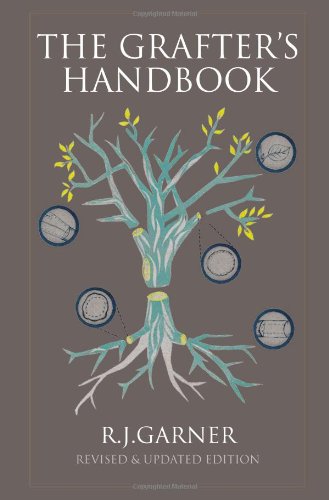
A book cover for The Grafter's Handbook, 6th Edition; R.J. Garner; Science & Math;